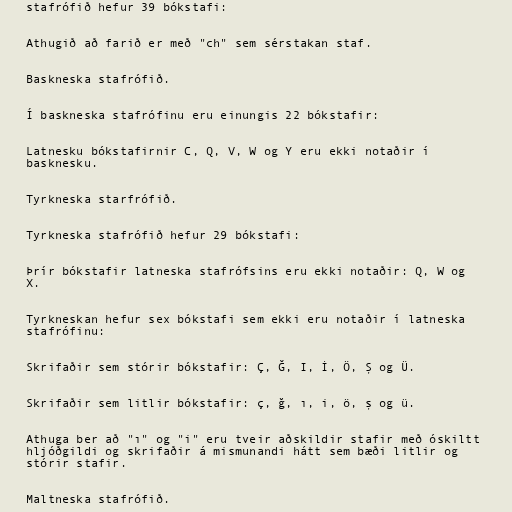
stafrófið hefur 39 bókstafi:

Athugið að farið er með "ch" sem sérstakan staf.

Baskneska stafrófið.

Í baskneska stafrófinu eru einungis 22 bókstafir:

Latnesku bókstafirnir C, Q, V, W og Y eru ekki notaðir í
basknesku.

Tyrkneska starfrófið.

Tyrkneska stafrófið hefur 29 bókstafi:

Þrír bókstafir latneska stafrófsins eru ekki notaðir: Q, W og
X.

Tyrkneskan hefur sex bókstafi sem ekki eru notaðir í latneska
stafrófinu:

Skrifaðir sem stórir bókstafir: Ç, Ğ, I, İ, Ö, Ş og Ü.

Skrifaðir sem litlir bókstafir: ç, ğ, ı, i, ö, ş og ü.

Athuga ber að "ı" og "i" eru tveir aðskildir stafir með óskiltt
hljóðgildi og skrifaðir á mismunandi hátt sem bæði litlir og
stórir stafir.

Maltneska stafrófið.